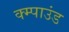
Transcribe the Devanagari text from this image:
क्म्पाउंड